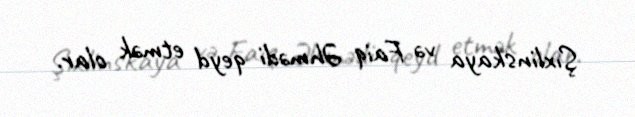
Şıxlinskaya və Faiq Əhmədi qeyd etmək olar.